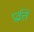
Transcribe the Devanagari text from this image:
प्रव्रत्ति